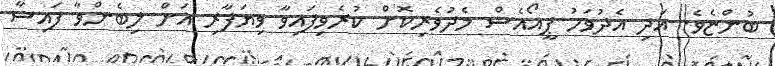
ބުންޏެވެ. އަދި އެދުވަހު ޕީއޯއެސް މެދުވެރިކޮށް ކުރެވިފައިވާ ވިޔަފާރި އަށް ލިބެންވާ ފައިސާ